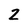
Character: 2